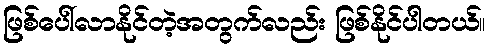
ဖြစ်ပေါ်လာနိုင်တဲ့အတွက်လည်း ဖြစ်နိုင်ပါတယ်။